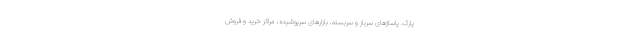
پارک. پاساژهای سرباز و سربسته، بازارهای سرپوشیده، مراکز خرید و فروش